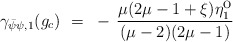
\begin{align*}\gamma_{\bar{\psi}\psi , 1}(g_c) ~=~ - \, \frac{\mu(2\mu-1+\xi)\eta^{\mbox{o}}_1}{(\mu-2)(2\mu-1)}\end{align*}